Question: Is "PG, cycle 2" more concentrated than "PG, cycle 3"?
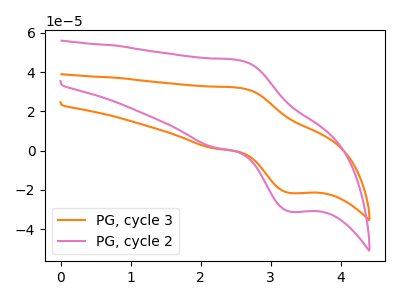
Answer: <think>The orange curve "PG, cycle 3" has an anodic peak at (2.55V, 31.95uA) and a cathodic peak at (3.30V, -21.65uA). The pink curve "PG, cycle 2" has an anodic peak at (2.55V, 46.00uA) and a cathodic peak at (3.30V, -31.15uA).
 All the peaks in "PG, cycle 2" have a peak in "PG, cycle 3" at the same potential. Every peak in "PG, cycle 2" is higher than every peak in "PG, cycle 3".</think>
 <answer>"PG, cycle 2" has more signal than "PG, cycle 3" and so likely has a higher concentration.</answer>
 <eval>more_concentration</eval>